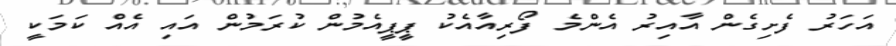
އަހަރު ފެށިގެން އާއިރު އެންމެ ފޯރިއާއެކު ޕީޕީއެމުން ކުރަމުން އައި އެއް ކަމަކީ